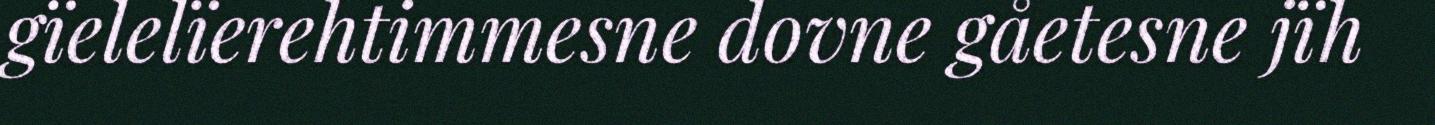
gïelelïerehtimmesne dovne gåetesne jïh